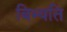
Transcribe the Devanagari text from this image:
बिभ्यति